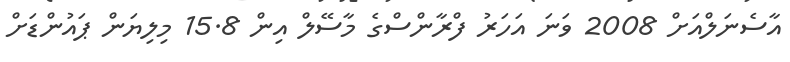
އާސެނަލްއަށް 2008 ވަނަ އަހަރު ފްރާންސްގެ މާސޭލް އިން 15.8 މިލިޔަން ޕައުންޑަށް